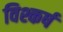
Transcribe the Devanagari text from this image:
विश्कर्ष